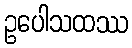
ဥပေါသထဿ